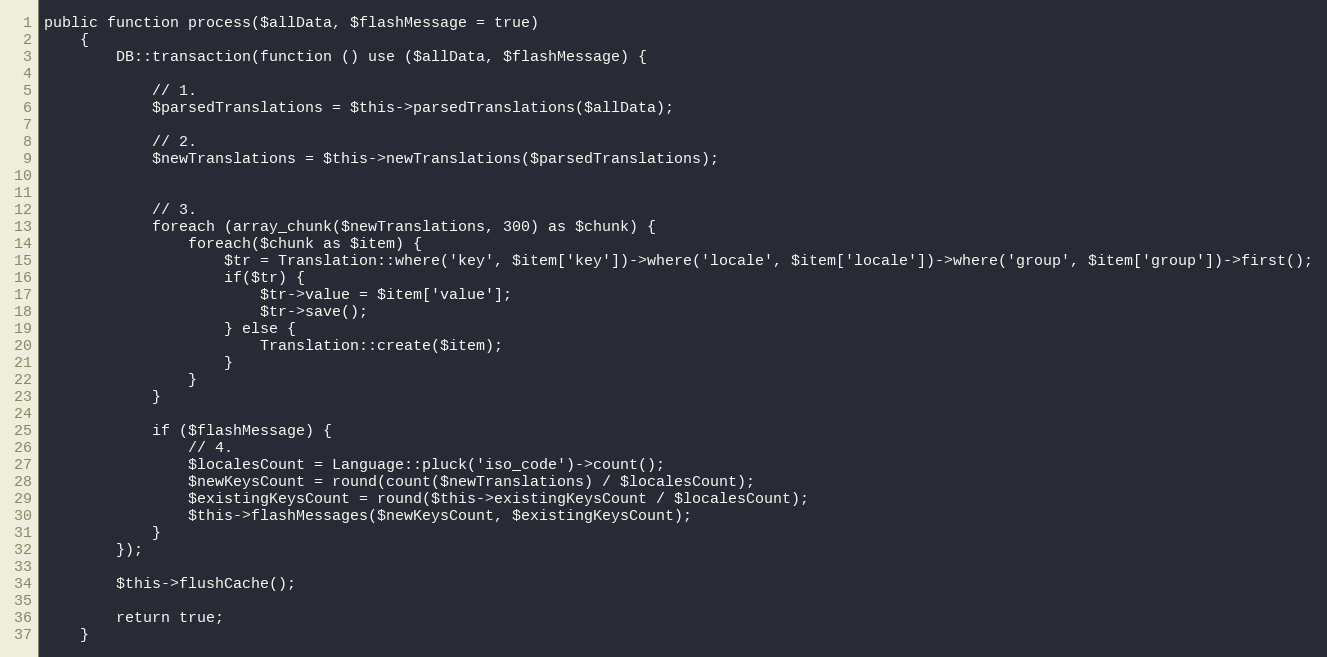
Language: PHP
public function process($allData, $flashMessage = true)
    {
        DB::transaction(function () use ($allData, $flashMessage) {

            // 1.
            $parsedTranslations = $this->parsedTranslations($allData);

            // 2.
            $newTranslations = $this->newTranslations($parsedTranslations);

            // 3.
            foreach (array_chunk($newTranslations, 300) as $chunk) {
                foreach($chunk as $item) {
                    $tr = Translation::where('key', $item['key'])->where('locale', $item['locale'])->where('group', $item['group'])->first();
                    if($tr) {
                        $tr->value = $item['value'];
                        $tr->save();
                    } else {
                        Translation::create($item);
                    }
                }
            }

            if ($flashMessage) {
                // 4.
                $localesCount = Language::pluck('iso_code')->count();
                $newKeysCount = round(count($newTranslations) / $localesCount);
                $existingKeysCount = round($this->existingKeysCount / $localesCount);
                $this->flashMessages($newKeysCount, $existingKeysCount);
            }
        });

        $this->flushCache();

        return true;
    }